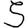
Digit: 5